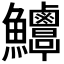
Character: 𩽶